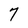
Character: 7